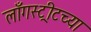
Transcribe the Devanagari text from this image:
लाँगस्ट्रीटच्या